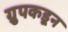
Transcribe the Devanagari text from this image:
ग्रुपकडून